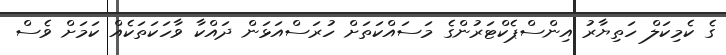
ގެ ކެމިކަލް ހަތިޔާރު އިންސްޕެކްޓަރުންގެ މަސައްކަތަށް ހުރަސްއަޅަން ދައްކާ ވާހަކަތަކެއް ކަމަށް ވެސް